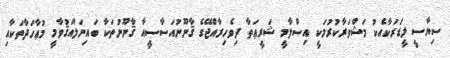
ސިޔާސީ ލީޑަރަކާއެކު މަޝްވަރާކުރުމަކީ އިސްލާމީ ޝަރީޢަތާ ދިވެހިރާއްޖޭގެ ޤާނޫނުއަސާސީއާ ޤާނޫނުތަކާ ބައިނަލްއަޤުވާމީ މުޢާހަދާތަކާއި